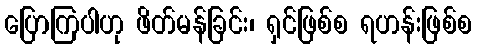
ပြောကြပါဟု ဖိတ်မန်ခြင်း၊ ရှင်ဖြစ်စ ရဟန်းဖြစ်စ